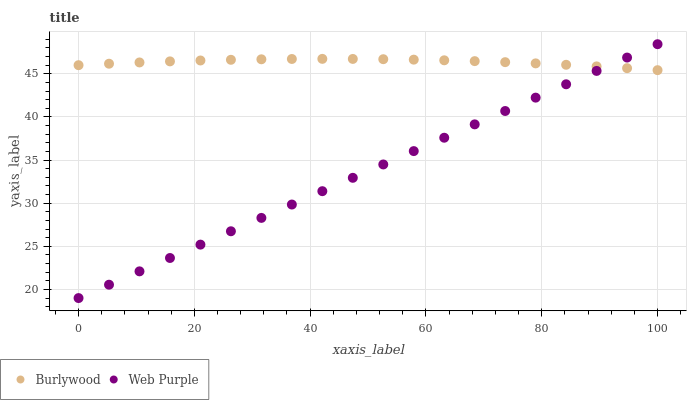
| xaxis_label | Burlywood | Web Purple |
 | --- | --- | --- |
 | 0 | 46 | 19 |
 | 5.26 | 46.2 | 20.5 |
 | 10.5 | 46.3 | 22.1 |
 | 15.8 | 46.4 | 23.6 |
 | 21.1 | 46.5 | 25.2 |
 | 26.3 | 46.6 | 26.7 |
 | 31.6 | 46.7 | 28.3 |
 | 36.8 | 46.7 | 29.8 |
 | 42.1 | 46.7 | 31.4 |
 | 47.4 | 46.7 | 32.9 |
 | 52.6 | 46.7 | 34.5 |
 | 57.9 | 46.6 | 36 |
 | 63.2 | 46.6 | 37.6 |
 | 68.4 | 46.5 | 39.1 |
 | 73.7 | 46.3 | 40.7 |
 | 78.9 | 46.2 | 42.2 |
 | 84.2 | 46 | 43.8 |
 | 89.5 | 45.9 | 45.3 |
 | 94.7 | 45.7 | 46.9 |
 | 100 | 45.4 | 48.4 |